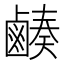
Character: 𪉮